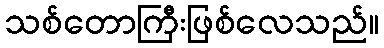
သစ်တောကြီးဖြစ်လေသည်။